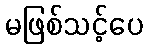
မဖြစ်သင့်ပေ